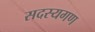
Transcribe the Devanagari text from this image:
सदस्‍यगण